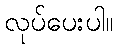
လုပ်ပေးပါ။